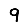
Digit: 9